Medical and sanitary report of the native army of Bengal for the year
Year: 1876
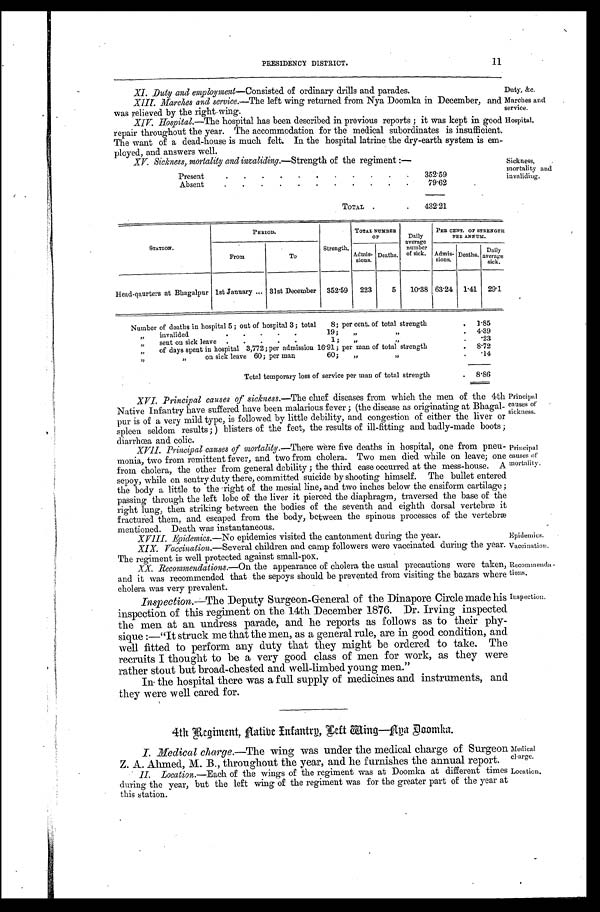
Duty, &c
.
Marches and
service.
Hospital.
Epidemics.
Vaccination.
Recommenda-
tions.
Inspection.
Medical
charge.
Location.
PRESIDENCY DISTRICT.
11
XI. Duty and employment—Consisted of ordinary drills and parades.
XIII. Marches and service.—The left wing returned from Nya Doomka in December, and
was relieved by the right wing.
XIV. Hospital.—T h e
h o s p i t a l h a s b e e n d e s c r i b e d i n p r e v i o u s r e p o r t s ; i t w a s k e p t i n g o o d
repair throughout the year. The accommodation for the medical subordinates is insufficient.
The want of a dead-house is much felt. In the hospital latrine the dry-earth system is em
ployed, and answers well.
XV. Sickness, mortality and invaliding. —Strength of the regiment :—
Present
. . . . . . . . . .
.
352.59
Absent
.
.
.
.
.
. . . . .
79.62
TOTAL .
432.21
Sickness,
mortality and
invaliding.
STATION.
PERIOD.
Strength..
TOTAL NUMBER
OF
D a i l y a v e r a g e n u m b e r o f s i c k .
PER CENT. OF STRENGTH PER ANNUM.
From
To
Admis-
sions.
Deaths.
A d m i s - s i o n s .
D e a t h s .
D a i l y a v e r a g e s i c k .
Head-qaurters at Bhagalpur 1st January ... 31st December
352.59
223
5
10.38 63.24
1.41
29.1
Number of deaths in hospital 5 ; out of hospital 3 ; total
8; per cent. of total strength
.
1.85
„
invalided.
. . . .
19 ;
„
,,
.
4.39
„
sent on sick leave. . . .
1;
„
, , .
.23
„
of days spent in hospital 3,772; per admission 16.91; per man of total strength
.
8.72
,, „ on sick leave 60; per man
60;
„
,,
.
.14
Total temporary loss of service per man of total strength
.
8.86
XVI. Principal causes of sickness. —The chief diseases from which the men of the 4th
Native Infantry have suffered have been malarious fever ; (the disease as originating at Bhagal-
pur is of a very mild type, is followed by little debility, and congestion of either the liver or
spleen seldom results ; ) blisters of the feet, the results of ill-fitting and badly-made boots ;
diarrhœa and colic.
XVII. Principal causes of mortality.—There were five deaths in hospital, one from pneu-
monia, two from remittent fever, and two from cholera. Two men died while on leave; one
from cholera, the other from general debility ; the third case occurred at the mess-house. A
sepoy, while on sentry duty there, committed suicide by shooting himself. The bullet entered
the body a little to the right of the mesial line, and two inches below the ensiform cartilage ;
passing through the left lobe of the liver it pierced the diaphragm, traversed the base of the
right lung, then striking between the bodies of the seventh and eighth dorsal vertebræ it
fractured them, and escaped from the body, between the spinous processes of the vertebræ
mentioned. Death was instantaneous.
XVIII. Epidemics.—No epidemics visited the cantonment during the year.
XIX. Vaccination. —Several children and camp followers were vaccinated during the year.
The regiment is well protected against small-pox.
XX. Recommendations. —On the appearance of cholera the usual precautions were taken,
and it was recommended that the sepoys should be prevented from visiting the bazars where
cholera was very prevalent.
Inspection.—The Deputy Surgeon-General of the Dinapore Circle made his
inspection of this regiment on the 14th December 1876. Dr. Irving inspected
the men at an undress parade, and he reports as follows as to their phy-
sique :—"It struck me that the men, as a general rule, are in good condition, and
well fitted to perform any duty that they might be ordered to take. The
recruits I thought to be a very good class of men for work, as they were
rather stout but broad-chested and well-limbed young men."
In the hospital there was a full supply of medicines and instruments, and
they were well cared for.
4th Regiment, Native Infantry, Left Wing—Nya Doomka.
I. Medical charge. —The wing was under the medical charge of Surgeon
Z. A. Ahmed, M. B., throughout the year, and he furnishes the annual report.
II. Location.—Each of the wings of the regiment was at Doomka at different times
during the year, but the left wing of the regiment was for the greater part of the year at
this station.
Principal
causes of
sickness.
Principal
causes of
mortality.